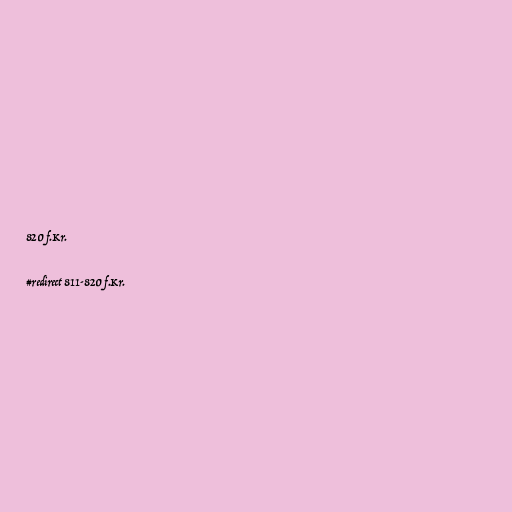
820 f.Kr.

#redirect 811-820 f.Kr.